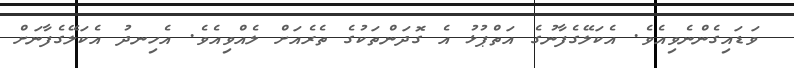
ވަޑައިގެންނެވިއެވެ. އެކަލޭގެފާނުގެ އަތްޕުޅު އެ ގޮދަންތަކުގެ ތެރެއަށް ލެއްވިއެވެ. އެހިނދު އެކަލޭގެފާނަށް